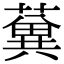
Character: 𦾲